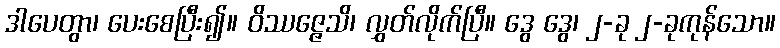
ဒါပေတွာ၊ ပေးစေပြီး၍။ ဝိဿဇ္ဇေသိ၊ လွှတ်လိုက်ပြီ။ ဒွေ ဒွေ၊ ၂-ခု ၂-ခုကုန်သော။